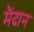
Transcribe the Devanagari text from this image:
मैंदान